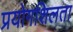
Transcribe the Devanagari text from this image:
प्रयोगशिलता